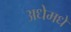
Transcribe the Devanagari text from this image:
अधेमधे